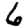
Digit: 6